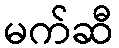
မက်ဆီ